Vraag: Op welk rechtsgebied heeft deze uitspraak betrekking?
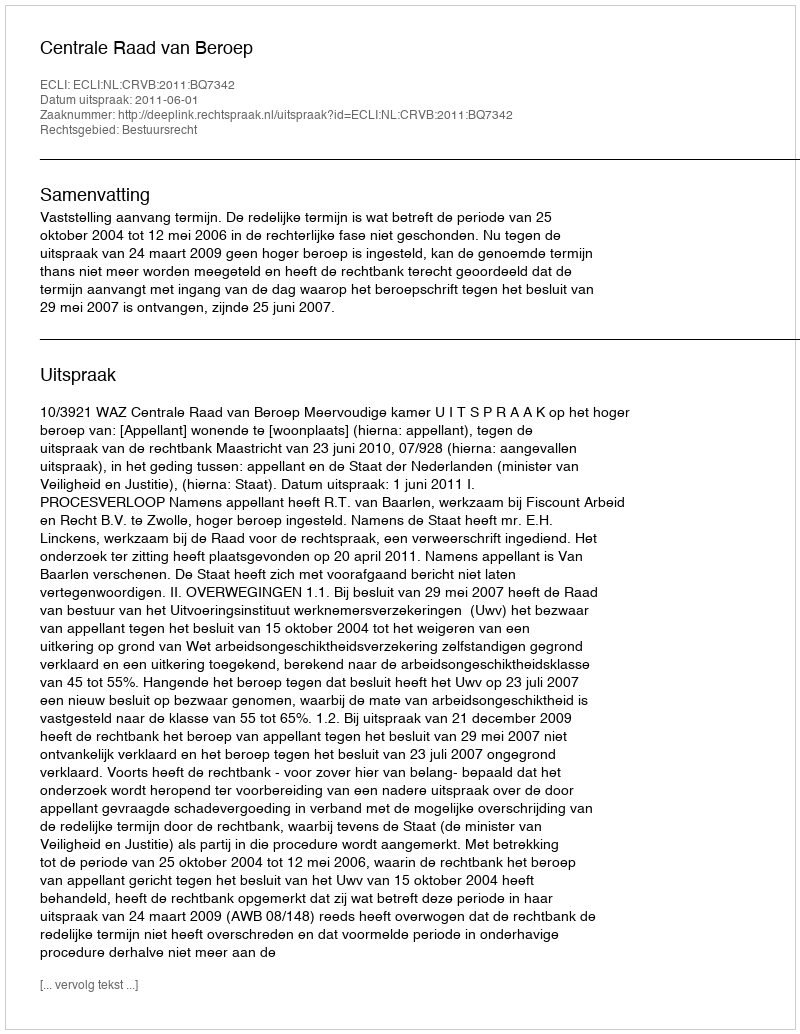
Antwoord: Bestuursrecht